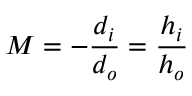
M = - { \frac { d _ { i } } { d _ { o } } } = { \frac { h _ { i } } { h _ { o } } }